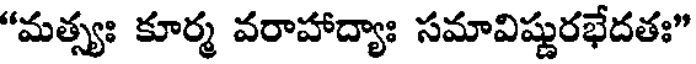
"మత్స్యః కూర్మ వరాహాద్యాః సమావిష్ణురభేదతః"